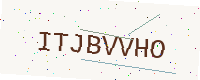
Text: ITJBVVHO